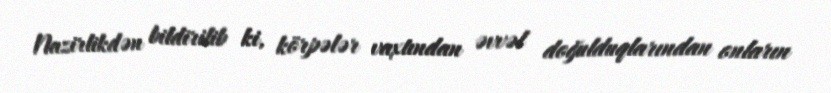
Nazirlikdən bildirilib ki, körpələr vaxtından əvvəl doğulduqlarından onların